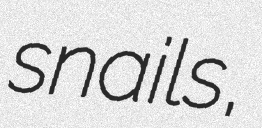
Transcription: snails,